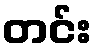
တင်း